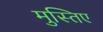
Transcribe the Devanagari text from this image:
मुस्तिए